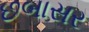
છબાસર